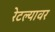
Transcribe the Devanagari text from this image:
रेटल्यावर